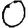
Digit: 0